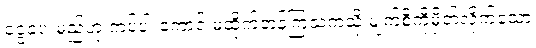
ငွေပေးမည်ဟု ကပ်ပါးကောင် မထိုက်တန်ကြသကဲ့သို့ မျက်စိကိုမှိတ်လိုက်သော